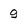
Character: g